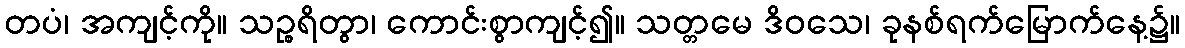
တပံ၊ အကျင့်ကို။ သဉ္စရိတွာ၊ ကောင်းစွာကျင့်၍။ သတ္တမေ ဒိဝသေ၊ ခုနစ်ရက်မြောက်နေ့၌။